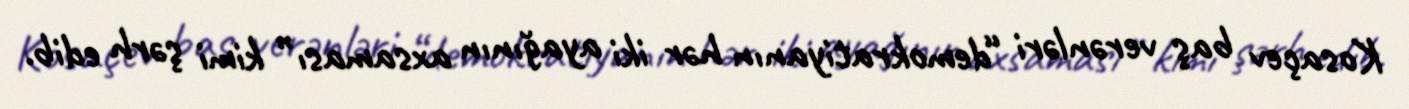
Kosaçev baş verənləri “demokratiyanın hər iki ayağının axsaması” kimi şərh edib.